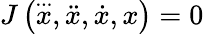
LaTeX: J\left({\overset{...}{x}},{\ddot{x}},{\dot{x}},x\right)=0